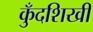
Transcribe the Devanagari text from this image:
कुँदशिखी